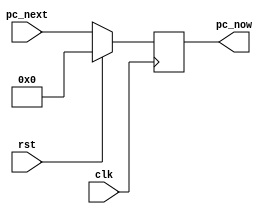
`timescale 1ns / 1ps


module pc (
    input             clk,
    input             rst,
    input      [31:0] pc_next,
    output reg [31:0] pc_now
);

  always @(posedge clk) begin
    if (rst) begin
      pc_now <= 32'b0;
    end else begin
      pc_now <= pc_next;
    end
  end
endmodule